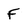
Character: F